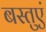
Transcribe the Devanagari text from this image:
बस्तुएं